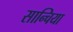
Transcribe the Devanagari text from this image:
सान्चिया